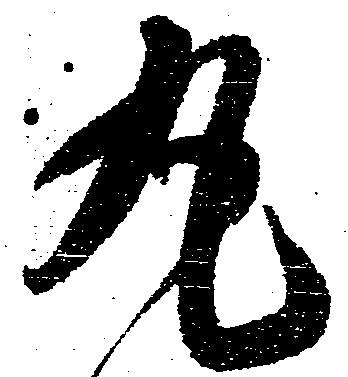
丸